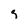
Character: q